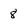
Character: 8